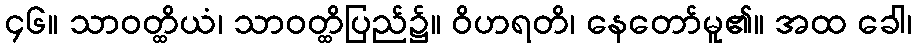
၄၆။ သာဝတ္ထိယံ၊ သာဝတ္ထိပြည်၌။ ဝိဟရတိ၊ နေတော်မူ၏။ အထ ခေါ၊